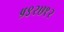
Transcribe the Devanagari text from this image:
५९२७१२